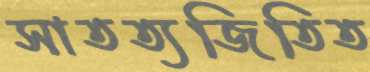
সাতত্যজিতিত